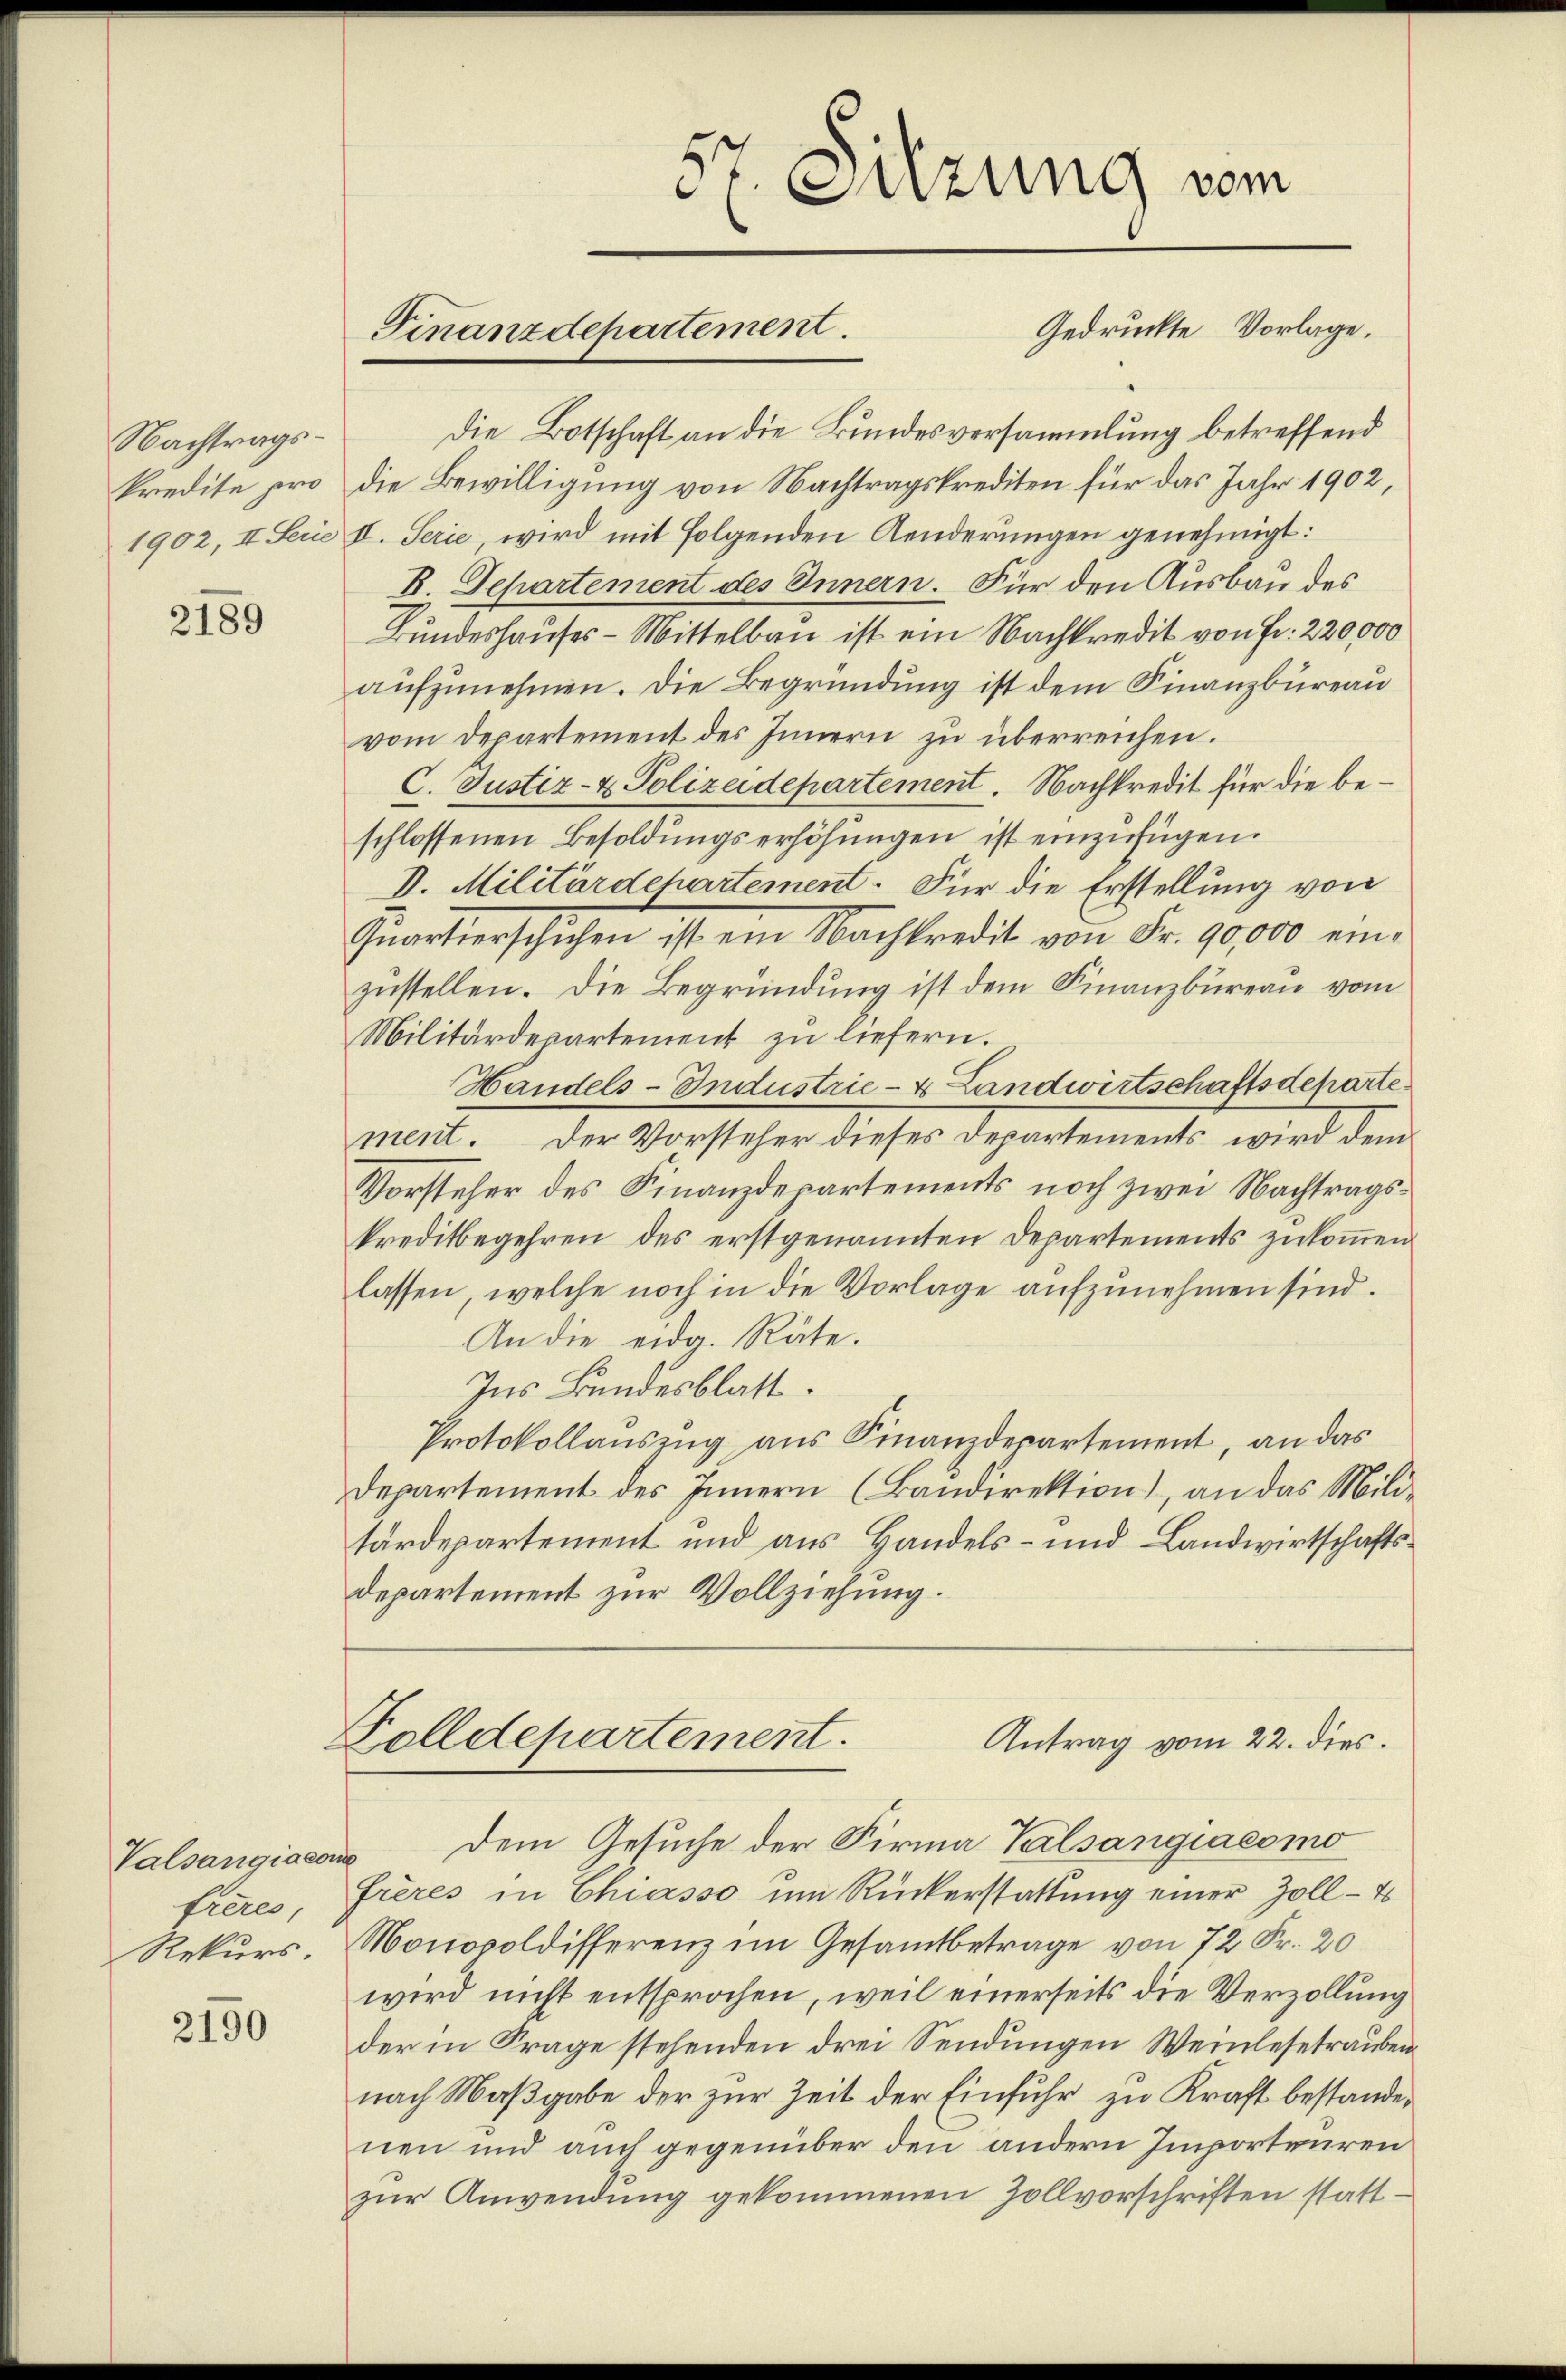
Nachtragskredite pro

2189

Valsangiacom
freres,
Rekurs.

2150

Gedruckte Vorlage.
Die Botschaft an die Bundesversammlung betreffend
die Bewilligung von Nachtragskrediten für das Jahr 1902,
1902, II Ferie II. Serie wird mit folgenden Aenderungen genehmigt:
B. Departement des Innern. Für den Ausbau des
Bundeshauses - Mittelbau ist ein Nachkredit von Fr. 220,000
aufzunehmen. Die Begründung ist dem Finanzbüreau
vom Departement des Innern zu überreichen.
C. Justiz- & Polizeidepartement. Nachkredit für die beschlossenen Besoldungserhöhungen ist einzufügen.
V. Militärdehartement. Für die Erstellung von
Quartierschlichen ist am Nachtredit von Fr. 90000 ein-
zustellen. Die Begründung ist dem Finanzbüreau vom
Militärdepartement zu liefern.
Handels-Industrie- & Landwirtschaftsdepartement. Der Vorsteher dieses Departements wird dem
Vorsteher des Finanzdepartements noch zwei Nachtragskreditbegehren des erstgenannten Departements zukommen
lassen, welche noch in die Vorlage aufzunehmen sind.
An die eidg. Räte.
Ins Bundesblatt.
Protokollauszug aus Finanzdepartement, an das
Departement des Innern (Bandirektion), an das Militärdepartement und aus Handels- und Landwirtschaftsdepartement zur Vollziehung.
Folldepartement.
Antrag vom 22. dies.
dem Gesuche der Firma Valsangiacomo
4
Frères in Chiasso um Rückerstattung einer Zoll-E
Monopoldifferenz im Gesamtbetrage von 72 Fr. 20
wird nicht entsprochen, weil einerseits die Verzollung
der in Frage stehenden drei Sendungen Weinlesetrauben
nach Maßgabe der zur Zeit der Einfuhr zu Kraft bestandenen und auch gegenüber den andern Importeuren
zŭr Anwendung gekommenen Zollvorschriften statt¬

dt. Sitzung vom

Finanzdepartement.